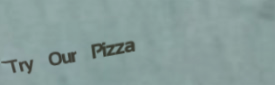
Try Our Pizza